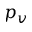
p _ { v }